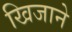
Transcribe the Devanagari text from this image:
खिजाने